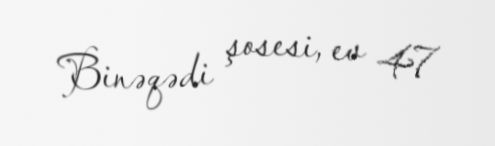
Binəqədi şosesi, ev 47